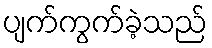
ပျက်ကွက်ခဲ့သည်